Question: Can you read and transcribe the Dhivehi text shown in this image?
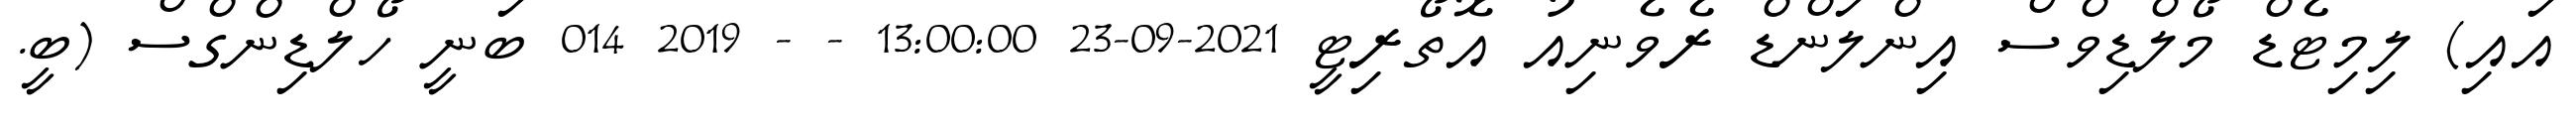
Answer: އައި) ލިމިޓެޑް މޯލްޑިވްސް އިންލަންޑް ރެވެނިއު އޮތޯރިޓީ 2021-09-23 13:00:00 - - 2019 014 ބަނީ ހޯލްޑިންގްސް (ބީ.